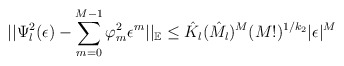
\begin{align*} || \Psi_{l}^{2}(\epsilon) - \sum_{m=0}^{M-1} \varphi_{m}^{2} \epsilon^{m} ||_{\mathbb{E}} \leq\hat{K}_{l}(\hat{M}_{l})^{M}(M!)^{1/k_{2}} |\epsilon|^{M} \end{align*}